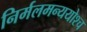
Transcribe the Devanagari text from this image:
निर्मलमन्ययोश्च